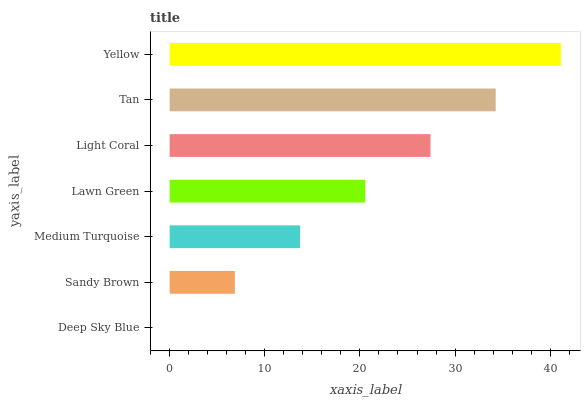
| yaxis_label | bars |
 | --- | --- |
 | Deep Sky Blue | 0 |
 | Sandy Brown | 6.85 |
 | Medium Turquoise | 13.7 |
 | Lawn Green | 20.6 |
 | Light Coral | 27.4 |
 | Tan | 34.3 |
 | Yellow | 41.1 |